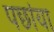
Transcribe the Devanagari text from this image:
पछांया